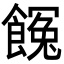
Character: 𩝸